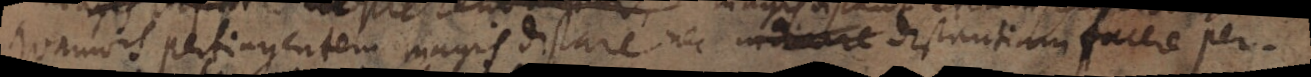
quamvis pertinentem magis distare nec idinere distantiam facere per.